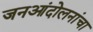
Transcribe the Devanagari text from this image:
जनआंदोलनांचा